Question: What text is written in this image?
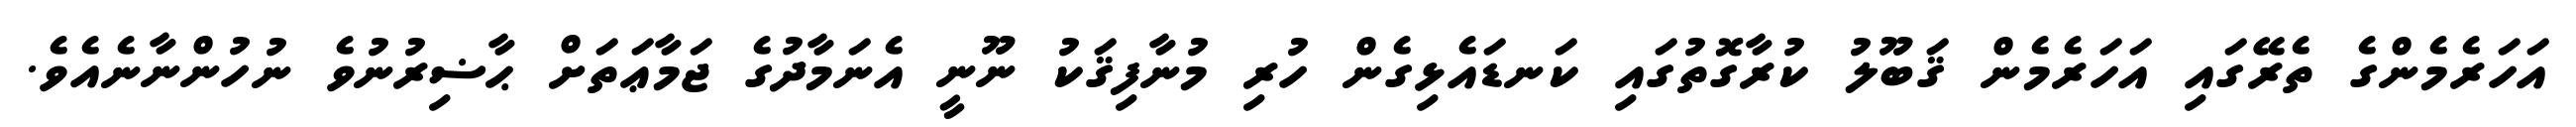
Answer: އަހަރެމެންގެ ތެރޭގައި އަހަރެމެން ޤަބޫލު ކުރާގޮތުގައި ކަނޑައެޅިގެން ހުރި މުނާފިޤަކު ނޫނީ އެނަމާދުގެ ޖަމާޢަތަށް ޙާޟިރުނުވެ ނުހުންނާނެއެވެ.